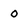
Character: o